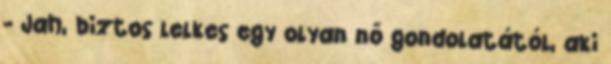
- Jah, biztos lelkes egy olyan nő gondolatától, aki